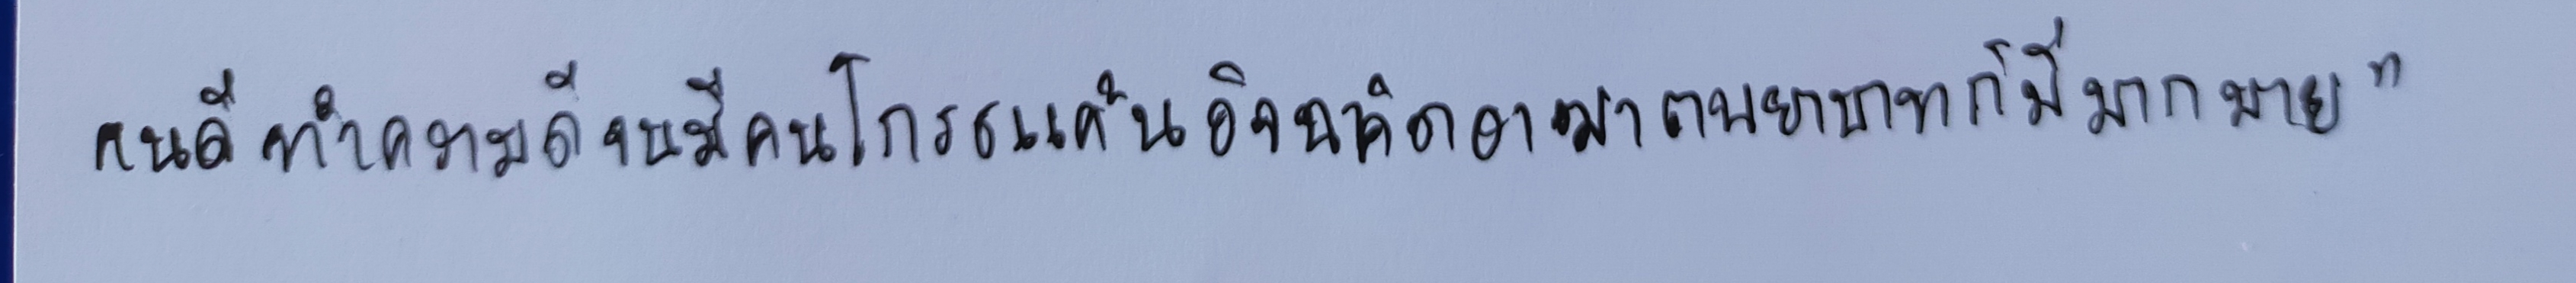
คนดีทำความดีจนมีคนโกรธแค้นอิจฉาคิดอาฆาตพยาบาทก็มีมากมาย"